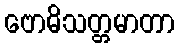
ဗောဓိသတ္တမာတာ